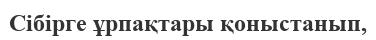
Сібірге ұрпақтары қоныстанып,